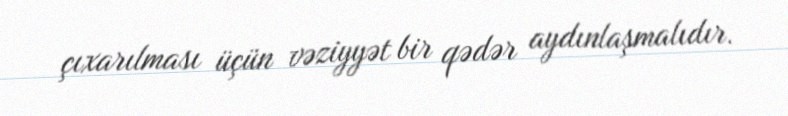
çıxarılması üçün vəziyyət bir qədər aydınlaşmalıdır.